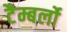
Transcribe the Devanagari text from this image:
टैम्बर्लो